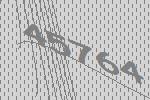
45764